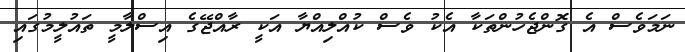
ނަމަވެސް އެ ގޮންޖެހުންތަކާ އެކު ވެސް ކުއްލިއްޔާ އަކީ ރާއްޖޭގެ އިސްލާމީ ތައުލީމުގައި